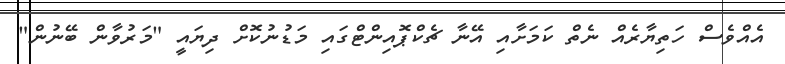
އެއްވެސް ހަތިޔާރެއް ނެތް ކަމަށާއި އޭނާ ޗެކްޕޮއިންޓްގައި މަޑުނުކޮށް ދިޔައީ "މަރުވާން ބޭނުން"